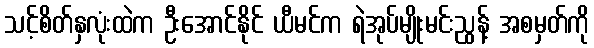
သင့်စိတ်နှလုံးထဲက ဦးအောင်နိုင် ယီမင်က ရဲအုပ်မျိုးမင်းညွန့် အစမှတ်ကို